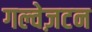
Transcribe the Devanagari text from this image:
गल्वेज़टन